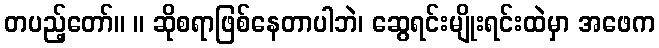
တပည့်တော်။ ။ ဆိုစရာဖြစ်နေတာပါဘဲ၊ ဆွေရင်းမျိုးရင်းထဲမှာ အဖေက